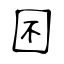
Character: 囨